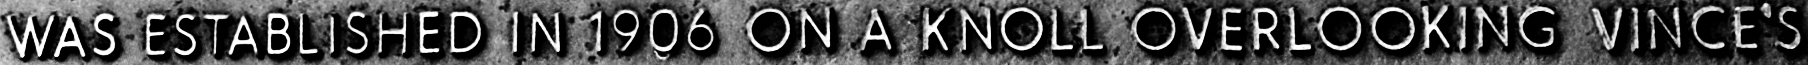
WAS ESTABLISHED IN 1906 ON A KNOLL OVERLOOKING VINCE'S